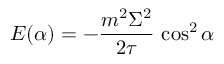
E ( \alpha ) = - { \frac { m ^ { 2 } \Sigma ^ { 2 } } { 2 \tau } } \, \cos ^ { 2 } \alpha